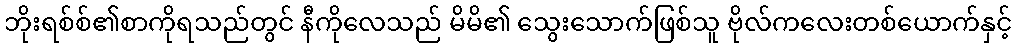
ဘိုးရစ်စ်၏စာကိုရသည်တွင် နီကိုလေသည် မိမိ၏ သွေးသောက်ဖြစ်သူ ဗိုလ်ကလေးတစ်ယောက်နှင့်